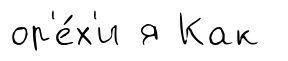
ор'е́х'и я Как